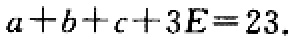
\(a + b + c + 3E = 23\)